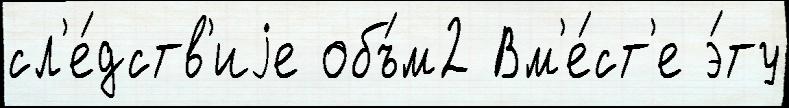
сл'е́дств'иjе объ́м2 Вм'е́ст'е э́ту